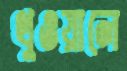
থুওয়ালে